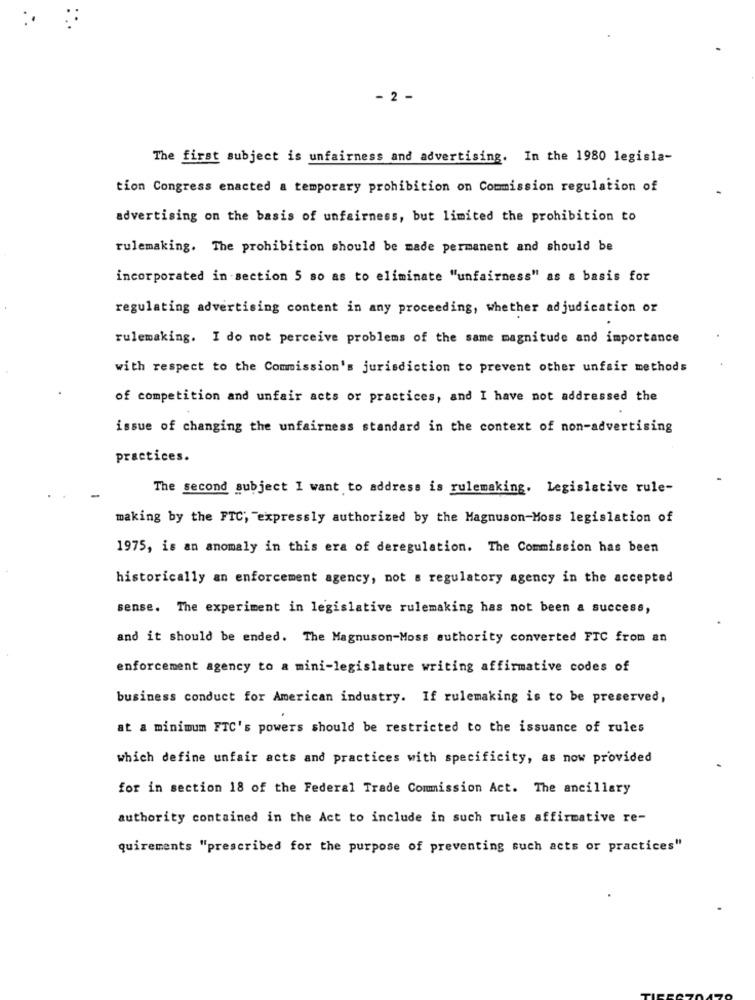
- 2 -
The first subject is unfairness and advertising. In the 1980 legisla-
tion Congress enacted a temporary prohibition on Commission regulation of
advertising on the basis of unfairness, but limited the prohibition to
rulemaking. The prohibition should be made permanent and should be
incorporated in section 5 so as to eliminate "unfairness" as a basis for
regulating advertising content in any proceeding, whether adjudication or
rulemaking. I do not perceive problems of the same magnitude and importance
with respect to the Commission's jurisdiction to prevent other unfair methods
of competition and unfair acts or practices, and I have not addressed the
issue of changing the unfairness standard in the context of non-advertising
practices.
The second subject I want to address is rulemaking. Legislative rule-
making by the FTC; expressly authorized by the Magnuson-Moss legislation of
1975, is an anomaly in this era of deregulation. The Commission has been
historically an enforcement agency, not a regulatory agency in the accepted
sense. The experiment in legislative rulemaking has not been a success,
and it should be ended. The Magnuson-Moss authority converted FTC from an
enforcement agency to a mini-legislature writing affirmative codes of
business conduct for American industry. If rulemaking is to be preserved,
at a minimum FTC's powers should be restricted to the issuance of rules
which define unfair acts and practices with specificity, as now provided
for in section 18 of the Federal Trade Commission Act. The ancillary
authority contained in the Act to include in such rules affirmative re-
quirements "prescribed for the purpose of preventing such acts or practices"